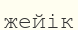
жейік